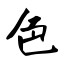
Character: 色